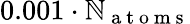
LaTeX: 0.001\cdot\mathbb{N}_{\mathrm{{~a~t~o~m~s~}}}